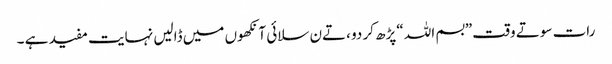
رات سوتے وقت ”بسم اللہ “پڑھ کر دو ،تےن سلائی آنکھوں میں ڈالیں نہایت مفید ہے ۔